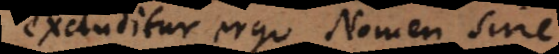
excluditur ergo Nomen sine